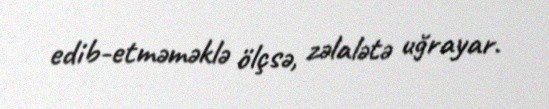
edib-etməməklə ölçsə, zəlalətə uğrayar.